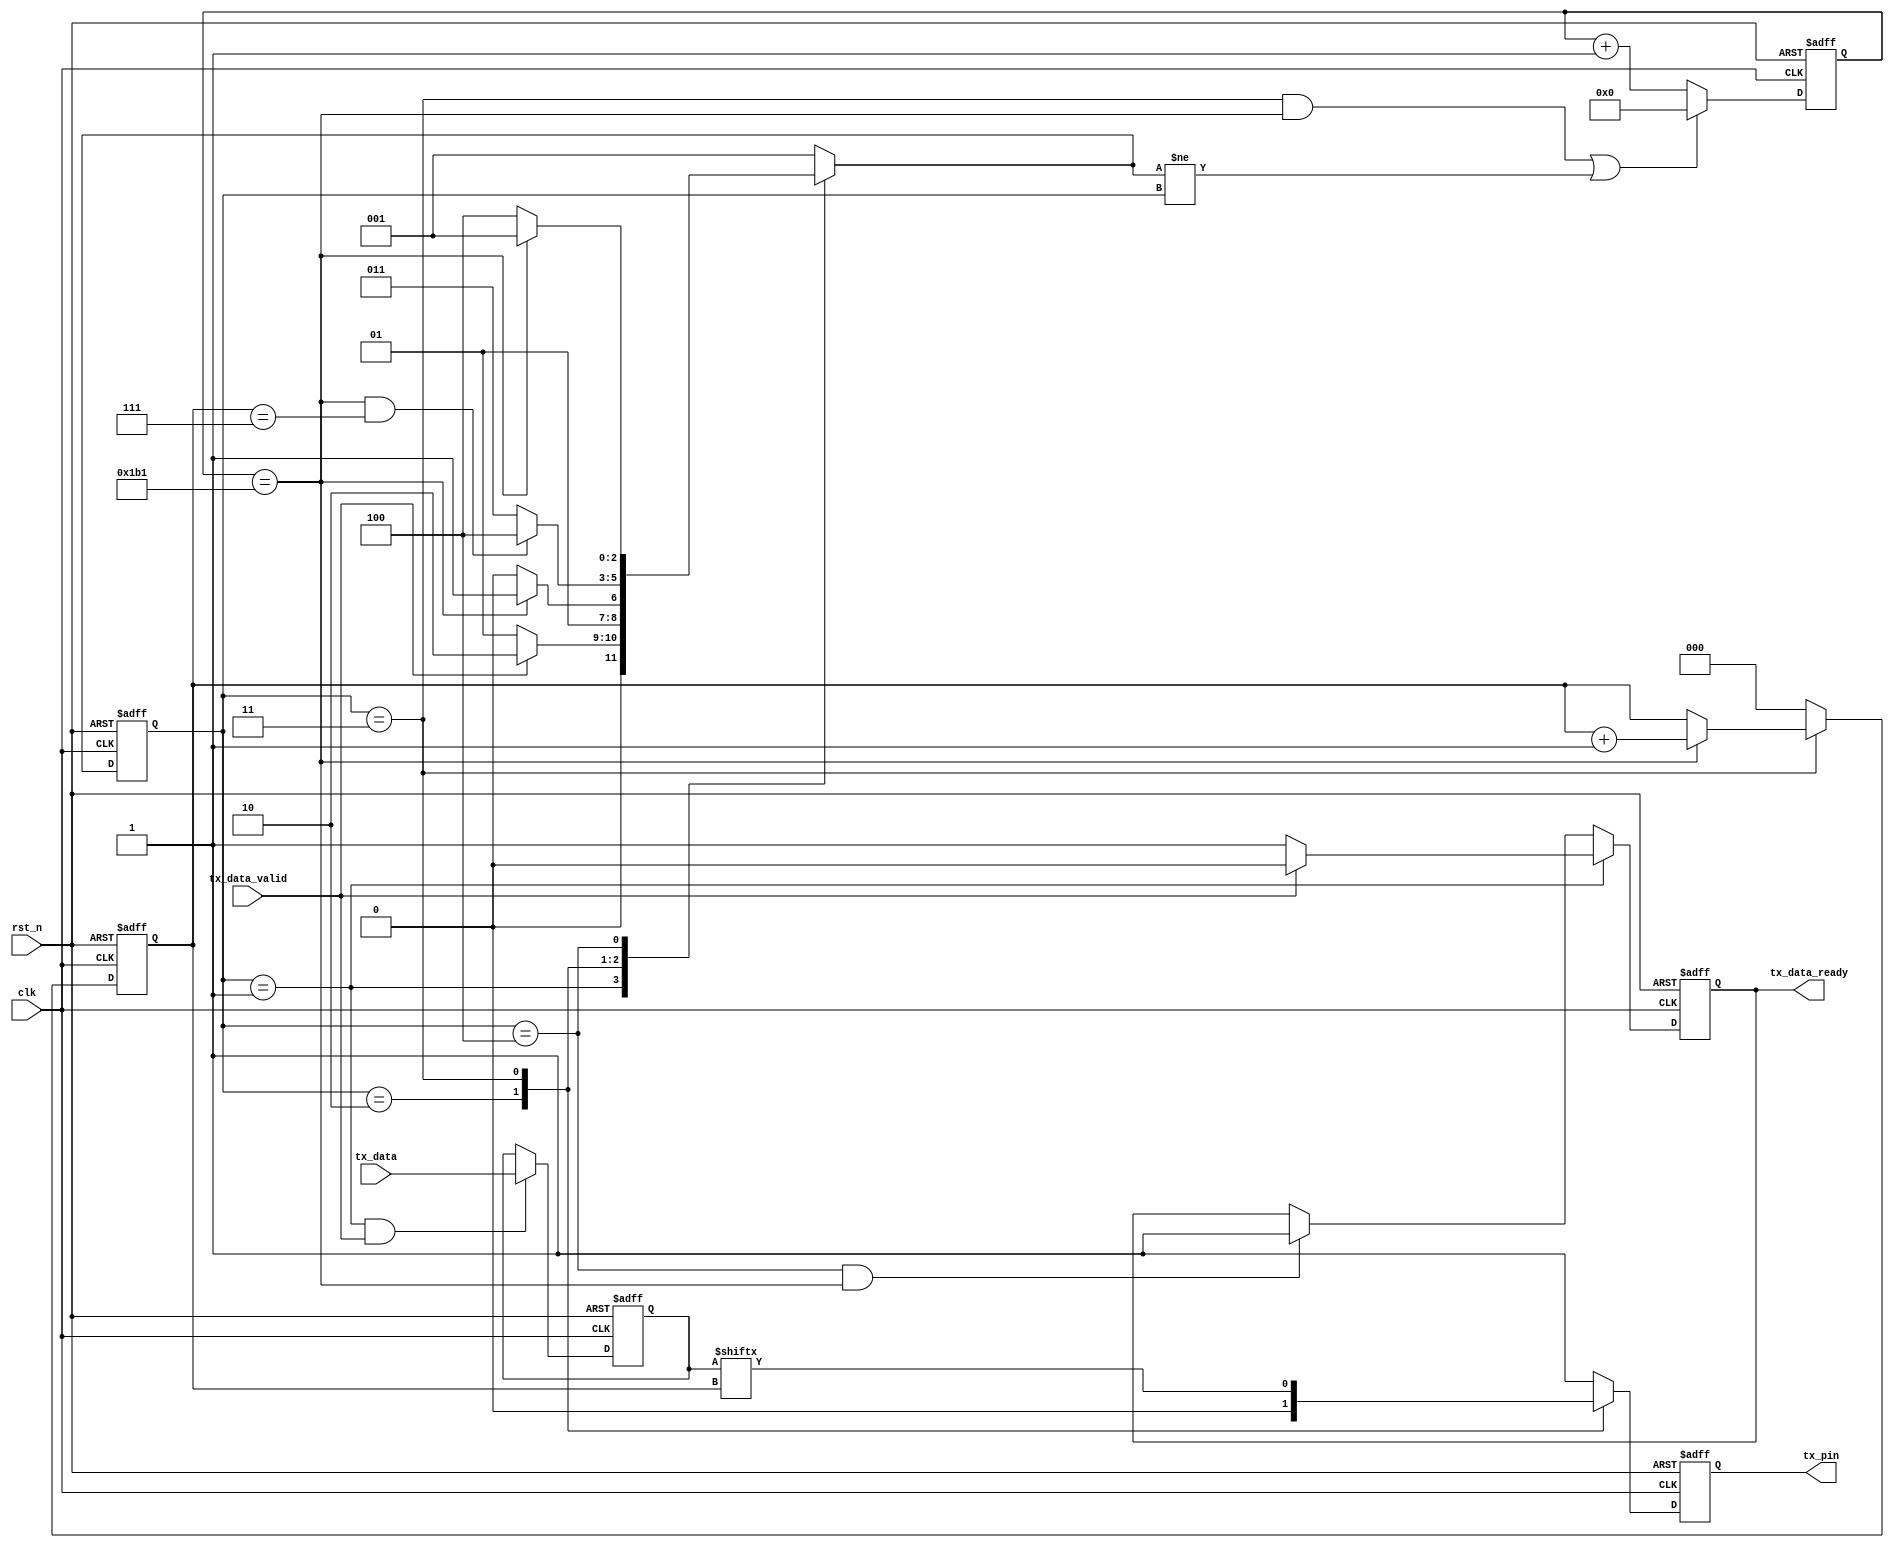
//////////////////////////////////////////////////////////////////////////////////
//                                                                              //
//                                                                              //
//          msq@qq.com                                                          //
//          ALINX(shanghai) Technology Co.,Ltd                                  //
//          heijin                                                              //
//     WEB: http://www.alinx.cn/                                                //
//     BBS: http://www.heijin.org/                                              //
//                                                                              //
//////////////////////////////////////////////////////////////////////////////////
//                                                                              //
// Copyright (c) 2017,ALINX(shanghai) Technology Co.,Ltd                        //
//                    All rights reserved                                       //
//                                                                              //
// This source file may be used and distributed without restriction provided    //
// that this copyright statement is not removed from the file and that any      //
// derivative work contains the original copyright notice and the associated    //
// disclaimer.                                                                  //
//                                                                              //
//////////////////////////////////////////////////////////////////////////////////

//================================================================================
//  Revision History:
//  Date          By            Revision    Change Description
//--------------------------------------------------------------------------------
//2017/8/1                    1.0          Original
//*******************************************************************************/
module uart_tx
#(
	parameter CLK_FRE = 50,      //clock frequency(Mhz)
	parameter BAUD_RATE = 115200 //serial baud rate
)
(
	input                        clk,              //clock input
	input                        rst_n,            //asynchronous reset input, low active 
	input[7:0]                   tx_data,          //data to send
	input                        tx_data_valid,    //data to be sent is valid
	output reg                   tx_data_ready,    //send ready
	output                       tx_pin            //serial data output
);
//calculates the clock cycle for baud rate 
localparam                       CYCLE = CLK_FRE * 1000000 / BAUD_RATE;
//state machine code
localparam                       S_IDLE       = 1;
localparam                       S_START      = 2;//start bit
localparam                       S_SEND_BYTE  = 3;//data bits
localparam                       S_STOP       = 4;//stop bit
reg[2:0]                         state;
reg[2:0]                         next_state;
reg[15:0]                        cycle_cnt; //baud counter
reg[2:0]                         bit_cnt;//bit counter
reg[7:0]                         tx_data_latch; //latch data to send
reg                              tx_reg; //serial data output
assign tx_pin = tx_reg;
always@(posedge clk or negedge rst_n)
begin
	if(rst_n == 1'b0)
		state <= S_IDLE;
	else
		state <= next_state;
end

always@(*)
begin
	case(state)
		S_IDLE:
			if(tx_data_valid == 1'b1)
				next_state <= S_START;
			else
				next_state <= S_IDLE;
		S_START:
			if(cycle_cnt == CYCLE - 1)
				next_state <= S_SEND_BYTE;
			else
				next_state <= S_START;
		S_SEND_BYTE:
			if(cycle_cnt == CYCLE - 1  && bit_cnt == 3'd7)
				next_state <= S_STOP;
			else
				next_state <= S_SEND_BYTE;
		S_STOP:
			if(cycle_cnt == CYCLE - 1)
				next_state <= S_IDLE;
			else
				next_state <= S_STOP;
		default:
			next_state <= S_IDLE;
	endcase
end
always@(posedge clk or negedge rst_n)
begin
	if(rst_n == 1'b0)
		begin
			tx_data_ready <= 1'b0;
		end
	else if(state == S_IDLE)
		if(tx_data_valid == 1'b1)
			tx_data_ready <= 1'b0;
		else
			tx_data_ready <= 1'b1;
	else if(state == S_STOP && cycle_cnt == CYCLE - 1)
			tx_data_ready <= 1'b1;
end


always@(posedge clk or negedge rst_n)
begin
	if(rst_n == 1'b0)
		begin
			tx_data_latch <= 8'd0;
		end
	else if(state == S_IDLE && tx_data_valid == 1'b1)
			tx_data_latch <= tx_data;
		
end

always@(posedge clk or negedge rst_n)
begin
	if(rst_n == 1'b0)
		begin
			bit_cnt <= 3'd0;
		end
	else if(state == S_SEND_BYTE)
		if(cycle_cnt == CYCLE - 1)
			bit_cnt <= bit_cnt + 3'd1;
		else
			bit_cnt <= bit_cnt;
	else
		bit_cnt <= 3'd0;
end


always@(posedge clk or negedge rst_n)
begin
	if(rst_n == 1'b0)
		cycle_cnt <= 16'd0;
	else if((state == S_SEND_BYTE && cycle_cnt == CYCLE - 1) || next_state != state)
		cycle_cnt <= 16'd0;
	else
		cycle_cnt <= cycle_cnt + 16'd1;	
end

always@(posedge clk or negedge rst_n)
begin
	if(rst_n == 1'b0)
		tx_reg <= 1'b1;
	else
		case(state)
			S_IDLE,S_STOP:
				tx_reg <= 1'b1; 
			S_START:
				tx_reg <= 1'b0; 
			S_SEND_BYTE:
				tx_reg <= tx_data_latch[bit_cnt];
			default:
				tx_reg <= 1'b1; 
		endcase
end

endmodule